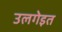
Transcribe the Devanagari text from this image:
उलगेइत